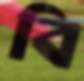
বি